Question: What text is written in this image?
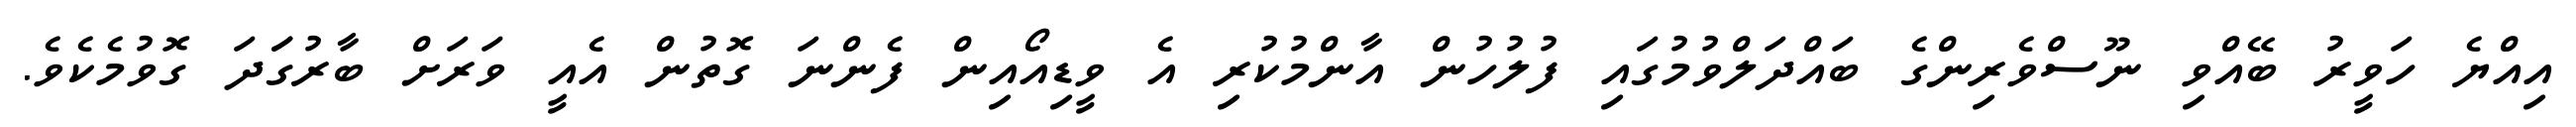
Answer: އިއްޔެ ހަވީރު ބޭއްވި ނޫސްވެރިންގެ ބައްދަލްވުމުގައި ފުލުހުން އާންމުކުރި އެ ވީޑިއޯއިން ފެންނަ ގޮތުން އެއީ ވަރަށް ބާރުގަަދަ ގޮވުމެކެވެ.